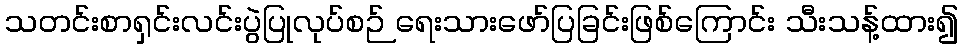
သတင်းစာရှင်းလင်းပွဲပြုလုပ်စဉ် ရေးသားဖော်ပြခြင်းဖြစ်ကြောင်း သီးသန့်ထား၍